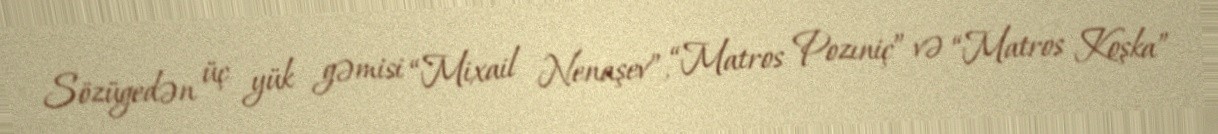
Sözügedən üç yük gəmisi “Mixail Nenaşev”, “Matros Pozıniç” və “Matros Koşka”